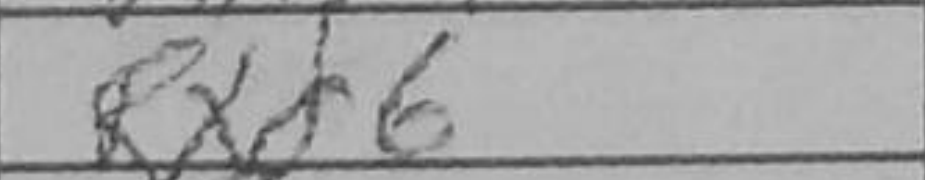
Transcription: Rxd6